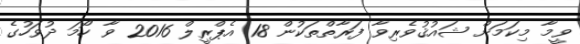
ވީމާ މިކަމަށް ޝައުޤުވެރިވާ ފަރާތްތަކުން 18 އެޕްރީލް 2016 ވާ ހޯމަ ދުވަހުގެ